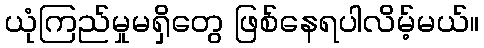
ယုံကြည်မှုမရှိတွေ ဖြစ်နေရပါလိမ့်မယ်။